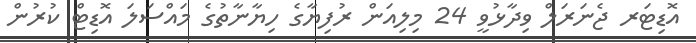
އޮޑިޓަރ ޖެނަރަލް ވިދާޅުވީ 24 މިލިއަން ރުފިޔާގެ ހިޔާނާތުގެ މައްސަލަ އޮޑިޓް ކުރުން